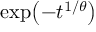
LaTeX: \exp \! \left( - t ^ { 1 / \theta } \right)